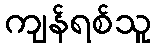
ကျန်ရစ်သူ